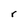
Character: r